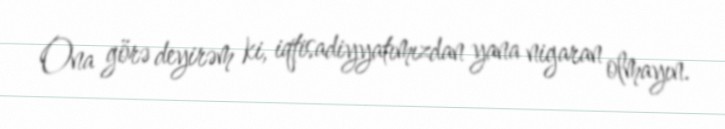
Ona görə deyirəm ki, iqtisadiyyatımızdan yana nigaran olmayın.